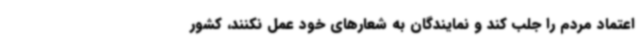
اعتماد مردم را جلب کند و نمایندگان به شعارهای خود عمل نکنند، کشور